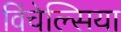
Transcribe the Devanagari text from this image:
विंचेल्सिया